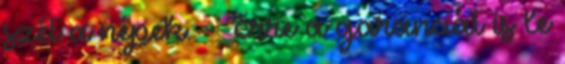
szét a népek. - Erre a garanciát is le